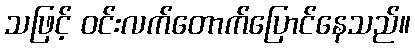
သဖြင့် ဝင်းလက်တောက်ပြောင်နေသည်။